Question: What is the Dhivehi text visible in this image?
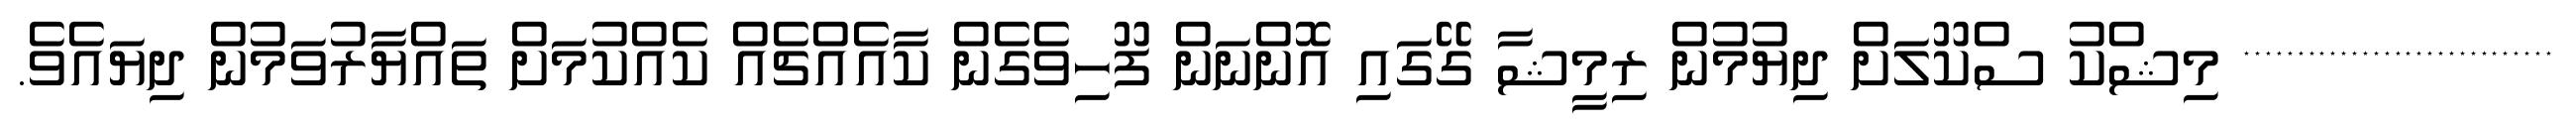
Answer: ***************************** މިޝްކު ސްކޫލަށް ދިޔުމުން ރިމީޝާ ގޭގައި އޮންނަން ފޫހިވެގެން ކާއެއްޗެއް ކެއްކުމަށް ތައްޔާރުވަމުން ދިޔައެވެ.